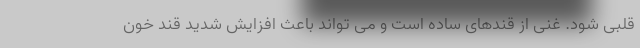
قلبی شود. غنی از قندهای ساده است و می تواند باعث افزایش شدید قند خون